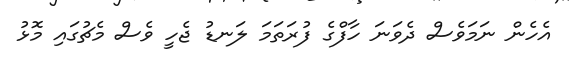
އެހެން ނަމަވެސް ދެވަނަ ހާފްގެ ފުރަތަމަ ލަނޑު ޖެހީ ވެސް މެޗުގައި މޮޅު